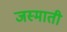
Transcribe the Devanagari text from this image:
जस्माती